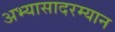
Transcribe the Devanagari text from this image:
अभ्यासादरम्यान